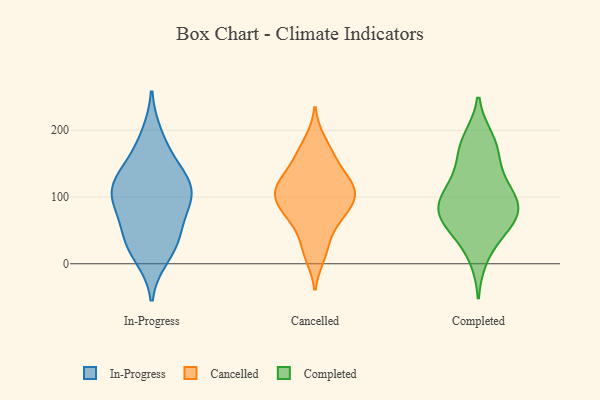
{"axis": {"x": "Waste Production (Tons)", "y": "Value"}, "legend": ["Cancelled", "Completed", "In-Progress"], "data": [{"x": "", "y": 109, "type": "In-Progress"}, {"x": "", "y": 110, "type": "In-Progress"}, {"x": "", "y": 78, "type": "In-Progress"}, {"x": "", "y": 191, "type": "In-Progress"}, {"x": "", "y": 12, "type": "In-Progress"}, {"x": "", "y": 37, "type": "In-Progress"}, {"x": "", "y": 137, "type": "In-Progress"}, {"x": "", "y": 97, "type": "In-Progress"}, {"x": "", "y": 101, "type": "In-Progress"}, {"x": "", "y": 29, "type": "In-Progress"}, {"x": "", "y": 121, "type": "In-Progress"}, {"x": "", "y": 158, "type": "In-Progress"}, {"x": "", "y": 46, "type": "In-Progress"}, {"x": "", "y": 183, "type": "Cancelled"}, {"x": "", "y": 103, "type": "Cancelled"}, {"x": "", "y": 114, "type": "Cancelled"}, {"x": "", "y": 155, "type": "Cancelled"}, {"x": "", "y": 68, "type": "Cancelled"}, {"x": "", "y": 131, "type": "Cancelled"}, {"x": "", "y": 78, "type": "Cancelled"}, {"x": "", "y": 111, "type": "Cancelled"}, {"x": "", "y": 112, "type": "Cancelled"}, {"x": "", "y": 158, "type": "Cancelled"}, {"x": "", "y": 87, "type": "Cancelled"}, {"x": "", "y": 67, "type": "Cancelled"}, {"x": "", "y": 13, "type": "Cancelled"}, {"x": "", "y": 27, "type": "Cancelled"}, {"x": "", "y": 111, "type": "Cancelled"}, {"x": "", "y": 93, "type": "Completed"}, {"x": "", "y": 94, "type": "Completed"}, {"x": "", "y": 170, "type": "Completed"}, {"x": "", "y": 11, "type": "Completed"}, {"x": "", "y": 47, "type": "Completed"}, {"x": "", "y": 143, "type": "Completed"}, {"x": "", "y": 56, "type": "Completed"}, {"x": "", "y": 179, "type": "Completed"}, {"x": "", "y": 80, "type": "Completed"}, {"x": "", "y": 82, "type": "Completed"}, {"x": "", "y": 64, "type": "Completed"}, {"x": "", "y": 76, "type": "Completed"}, {"x": "", "y": 186, "type": "Completed"}, {"x": "", "y": 111, "type": "Completed"}, {"x": "", "y": 119, "type": "Completed"}]}